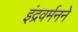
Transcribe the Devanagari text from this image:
इंद्रवर्मनने